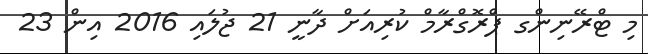
މި ޓްރޭނިންގ ޕްރޮގްރާމް ކުރިއަށް ދާނީ 21 ޖުލައި 2016 އިން 23